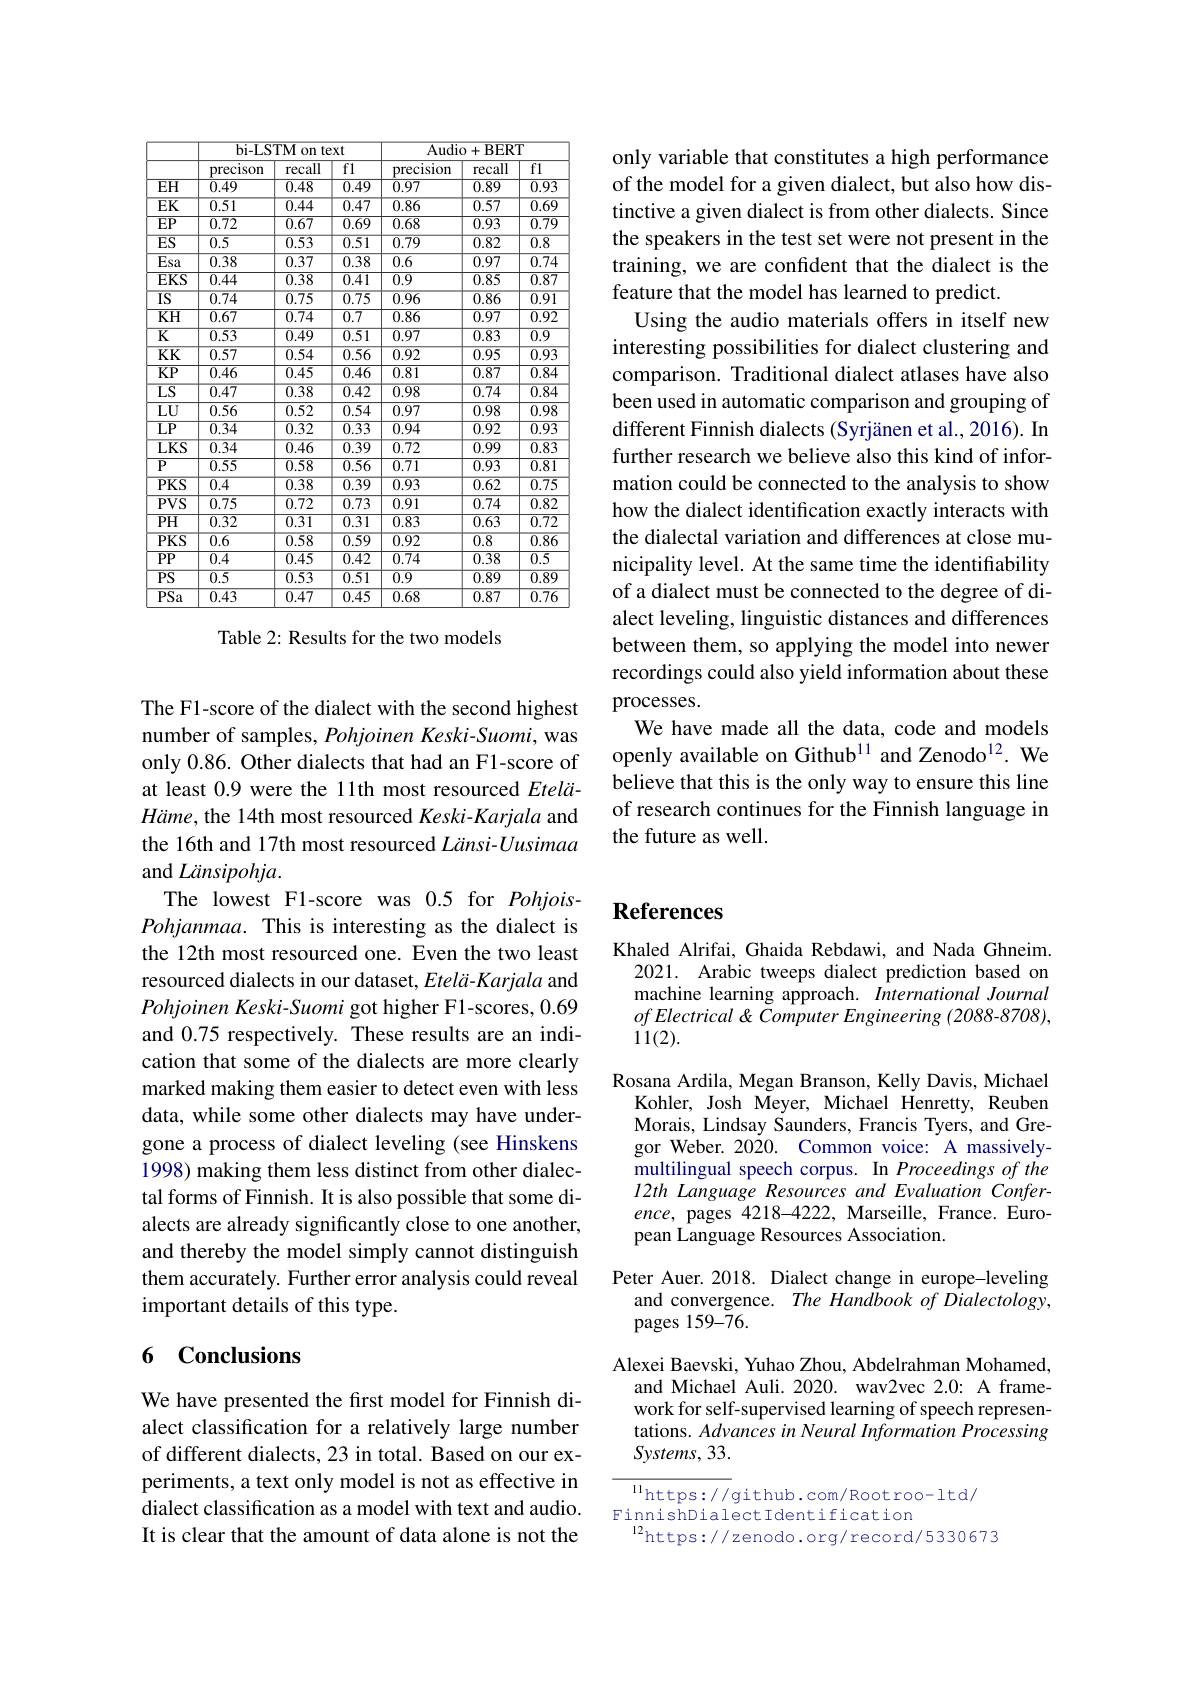
<table>
	<tbody>
		<tr>
			<th> </th>
			<th colspan="3">bi-LSTM on text</th>
			<th colspan="3">Audio+BERT</th>
		</tr>
		<tr>
			<th> </th>
			<th>precison</th>
			<th>recall</th>
			<th>${\overline{f1}}$</th>
			<th>precision</th>
			<th>recall</th>
			<th>$\overline{\mathrm{f1}}$</th>
		</tr>
		<tr>
			<td>$EH$</td>
			<td>$\overline{0.49}$</td>
			<td>$\overline{0.48}$</td>
			<td>$\overline{0.49}$</td>
			<td>0.97</td>
			<td>$\overline{0.89}$</td>
			<td>$\overline{0.93}$</td>
		</tr>
		<tr>
			<td>$EK$</td>
			<td>$\overline{0.51}$</td>
			<td>$\overline{0.44}$</td>
			<td>$\overline{0.47}$</td>
			<td>$\overline{0.86}$</td>
			<td>$\overline{0.57}$</td>
			<td>$\overline{0.69}$</td>
		</tr>
		<tr>
			<td>$EP$</td>
			<td>$\overline{0.72}$</td>
			<td>$\overline{0.67}$</td>
			<td>$\overline{0.69}$</td>
			<td>0.68</td>
			<td>$\overline{0.93}$</td>
			<td>$\overline{0.79}$</td>
		</tr>
		<tr>
			<td>$\overline{ES}$</td>
			<td>$\overline{0.5}$</td>
			<td>$\overline{0.53}$</td>
			<td>$\overline{0.51}$</td>
			<td>$\overline{0.79}$</td>
			<td>$\overline{0.82}$</td>
			<td>$\overline{0.8}$</td>
		</tr>
		<tr>
			<td>$\overline{Esa}$</td>
			<td>0.38</td>
			<td>0.37</td>
			<td>0.38</td>
			<td>0.6</td>
			<td>0.97</td>
			<td>0.74</td>
		</tr>
		<tr>
			<td>$EKS$</td>
			<td>0.44</td>
			<td>$\overline{0.38}$</td>
			<td>$\overline{0.41}$</td>
			<td>$\overline{0.9}$</td>
			<td>$\overline{0.85}$</td>
			<td>$\overline{0.87}$</td>
		</tr>
		<tr>
			<td>$IS$</td>
			<td>$\overline{0.74}$</td>
			<td>$\overline{0.75}$</td>
			<td>$\overline{0.75}$</td>
			<td>$\overline{0.96}$</td>
			<td>$\overline{0.86}$</td>
			<td>$\overline{0.91}$</td>
		</tr>
		<tr>
			<td>$\overline{\mathrm{KH}}$</td>
			<td>$\overline{0.67}$</td>
			<td>$\overline{0.74}$</td>
			<td>$\overline{0.7}$</td>
			<td>0.86</td>
			<td>$\overline{0.97}$</td>
			<td>$\overline{0.92}$</td>
		</tr>
		<tr>
			<td>$\overline{\mathrm{K}}$</td>
			<td>$\overline{0.53}$</td>
			<td>$\overline{0.49}$</td>
			<td>$\overline{0.51}$</td>
			<td>$\overline{0.97}$</td>
			<td>$\overline{0.83}$</td>
			<td>$\overline{0.9}$</td>
		</tr>
		<tr>
			<td>$\overline{\mathrm{KK}}$</td>
			<td>$\overline{0.57}$</td>
			<td>$\overline{0.54}$</td>
			<td>0.56</td>
			<td>0.92</td>
			<td>0.95</td>
			<td>$\overline{0.93}$</td>
		</tr>
		<tr>
			<td>$\overline{\mathrm{KP}}$</td>
			<td>$\overline{0.46}$</td>
			<td>$\overline{0.45}$</td>
			<td>$\overline{0.46}$</td>
			<td>0.81</td>
			<td>$\overline{0.87}$</td>
			<td>$\overline{0.84}$</td>
		</tr>
		<tr>
			<td>$\overline{LS}$</td>
			<td>$\overline{0.47}$</td>
			<td>$\overline{0.38}$</td>
			<td>$\overline{0.42}$</td>
			<td>$\overline{0.98}$</td>
			<td>$\overline{0.74}$</td>
			<td>$\overline{0.84}$</td>
		</tr>
		<tr>
			<td>$LU$</td>
			<td>0.56</td>
			<td>0.52</td>
			<td>0.54</td>
			<td>0.97</td>
			<td>0.98</td>
			<td>$\overline{0.98}$</td>
		</tr>
		<tr>
			<td>${\overline{LP}}$</td>
			<td>$\overline{0.34}$</td>
			<td>$\overline{0.32}$</td>
			<td>$\overline{0.33}$</td>
			<td>0.94</td>
			<td>$\overline{0.92}$</td>
			<td>$\overline{0.93}$</td>
		</tr>
		<tr>
			<td>$\overline{LKS}$</td>
			<td>$\overline{0.34}$</td>
			<td>$\overline{0.46}$</td>
			<td>$\overline{0.39}$</td>
			<td>$\overline{0.72}$</td>
			<td>$\overline{0.99}$</td>
			<td>$\overline{0.83}$</td>
		</tr>
		<tr>
			<td>$\overline{P}$</td>
			<td>$\overline{0.55}$</td>
			<td>$\overline{0.58}$</td>
			<td>$\overline{0.56}$</td>
			<td>$\overline{0.71}$</td>
			<td>$\overline{0.93}$</td>
			<td>$\overline{0.81}$</td>
		</tr>
		<tr>
			<td>$\overline{PKS}$</td>
			<td>$\overline{0.4}$</td>
			<td>$\overline{0.38}$</td>
			<td>$\overline{0.39}$</td>
			<td>$\overline{0.93}$</td>
			<td>$\overline{0.62}$</td>
			<td>$\overline{0.75}$</td>
		</tr>
		<tr>
			<td>$\overline{PVS}$</td>
			<td>0.75</td>
			<td>0.72</td>
			<td>0.73</td>
			<td>0.91</td>
			<td>0.74</td>
			<td>$\overline{0.82}$</td>
		</tr>
		<tr>
			<td>$\overline{PH}$</td>
			<td>$\overline{0.32}$</td>
			<td>$\overline{0.31}$</td>
			<td>$\overline{0.31}$</td>
			<td>0.83</td>
			<td>$\overline{0.63}$</td>
			<td>$\overline{0.72}$</td>
		</tr>
		<tr>
			<td>$\overline{PKS}$</td>
			<td>$\overline{0.6}$</td>
			<td>$\overline{0.58}$</td>
			<td>$\overline{0.59}$</td>
			<td>$\overline{0.92}$</td>
			<td>$\overline{0.8}$</td>
			<td>$\overline{0.86}$</td>
		</tr>
		<tr>
			<td>$\overline{\mathrm{PP}}$</td>
			<td>$\overline{0.4}$</td>
			<td>$\overline{0.45}$</td>
			<td>$\overline{0.42}$</td>
			<td>0.74</td>
			<td>$\overline{0.38}$</td>
			<td>$\overline{0.5}$</td>
		</tr>
		<tr>
			<td>$\overline{PS}$</td>
			<td>$\overline{0.5}$</td>
			<td>$\overline{0.53}$</td>
			<td>$\overline{0.51}$</td>
			<td>$\overline{0.9}$</td>
			<td>$\overline{0.89}$</td>
			<td>$\overline{0.89}$</td>
		</tr>
		<tr>
			<td>$\overline{PSa}$</td>
			<td>$\overline{0.43}$</td>
			<td>$\overline{0.47}$</td>
			<td>$\overline{0.45}$</td>
			<td>0.68</td>
			<td>$\overline{0.87}$</td>
			<td>$\overline{0.76}$</td>
		</tr>
	</tbody>
</table>

Table 2: Results for the two models

The F1-score of the dialect with the second highest number of samples, Pohjoinen Keski-Suomi, was only 0.86. Other dialects that had an F1-score of at least 0.9 were the 11th most resourced EteläHäme, the 14th most resourced Keski-Karjala and the 16th and 17th most resourced Länsi-Uusimaa and Länsipohja.
The lowest F1-score was 0.5 for PohjoisPohjanmaa. This is interesting as the dialect is the 12th most resourced one. Even the two least resourced dialects in our dataset, Etelä-Karjala and Pohjoinen Keski-Suomi got higher F1-scores, 0.69 and 0.75 respectively. These results are an indication that some of the dialects are more clearly marked making them easier to detect even with less data, while some other dialects may have undergone a process of dialect leveling (see Hinskens 1998) making them less distinct from other dialectal forms of Finnish. It is also possible that some dialects are already significantly close to one another, and thereby the model simply cannot distinguish them accurately. Further error analysis could reveal important details of this type.

## 6 Conclusions

We have presented the first model for Finnish dialect classification for a relatively large number of different dialects, 23 in total. Based on our experiments, a text only model is not as effective in dialect classification as a model with text and audio. It is clear that the amount of data alone is not the

only variable that constitutes a high performance of the model for a given dialect, but also how distinctive a given dialect is from other dialects. Since the speakers in the test set were not present in the training, we are confident that the dialect is the feature that the model has learned to predict.
Using the audio materials offers in itself new interesting possibilities for dialect clustering and comparison. Traditional dialect atlases have also been used in automatic comparison and grouping of different Finnish dialects (Syrjänen et al., 2016). In further research we believe also this kind of information could be connected to the analysis to show how the dialect identification exactly interacts with the dialectal variation and differences at close municipality level. At the same time the identifiability of a dialect must be connected to the degree of dialect leveling, linguistic distances and differences between them, so applying the model into newer recordings could also yield information about these processes.
We have made all the data, code and models openly available on Github$^{11}$ and Zenodo$^{12}.$ We believe that this is the only way to ensure this line of research continues for the Finnish language in the future as well.

## References

Khaled Alrifai, Ghaida Rebdawi, and Nada Ghneim.
2021. Arabic tweeps dialect prediction based on machine learning approach. International Journal $ofElectrical\&$ Computer Engineering (2088-8708), 11(2).

Rosana Ardila, Megan Branson, Kelly Davis, Michael
Kohler, Josh Meyer, Michael Henretty, Reuben Morais, Lindsay Saunders, Francis Tyers, and Gregor Weber. 2020. Common voice: A massivelymultilingual speech corpus. In Proceedings of the 12th Language Resources and Evaluation Conference, pages 4218-4222, Marseille, France. European Language Resources Association.

Peter Auer. 2018. Dialect change in europe-leveling
and convergence. The Handbook of Dialectology,
pages 159-$\tilde{7}6.$

Alexei Baevski, Yuhao Zhou, Abdelrahman Mohamed,
and Michael Auli. 2020. wav2vec 2.0: A framework for self-supervised learning of speech representations. Advances in Neural Information Processing Systems, 33.

$\overline{^{11}\mathrm{https://}}$github.com/Rootroo-ltd/
FinnishDialectIdentification
${^{111115101615001500}}$sillentilicaciuri$^{12}$https://zenodo.org/record/5330673